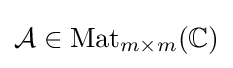
{\mathcal {A}}\in \operatorname {Mat} _{m\times m}(\mathbb {C} )